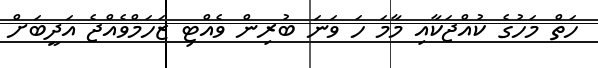
ހަތް މަހުގެ ކުއްޖަކާއި މާމަ ހަ ވަނަ ބުރިން ވެއްޓި ޒަހަމްވެއްޖެ އަދީބަށް